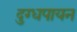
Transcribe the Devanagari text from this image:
दुग्धपायन